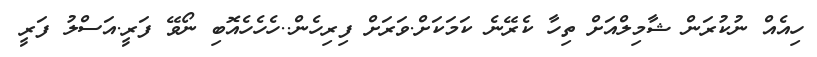
ހިއެއް ނުކުރަން ޝާމިލްއަށް ތިހާ ކެރޭނެ ކަމަކަށް.ވަރަށް ފިރިހެން..ހެހެހެއޮބި ނޯވޭ ފަރީ.އަސްލު ފަރީ